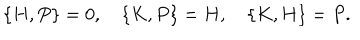
\{ H , P \} = 0 , \quad \{ K , P \} = H , \quad \{ K , H \} = P .